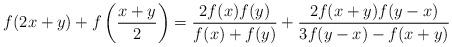
LaTeX: \begin{align*}f(2x+y)+f\left(\frac{x+y}{2}\right)=\frac{2f(x)f(y)}{f(x)+f(y)}+\frac{2f(x+y)f(y-x)}{3f(y-x)-f(x+y)}\end{align*}